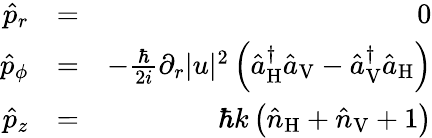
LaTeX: \begin{array}{rlr}{\hat{p}_{r}}&{=}&{0}\\ {\hat{p}_{\phi}}&{=}&{-\frac{\hbar}{2i}\partial_{r}|u|^{2}\left(\hat{a}_{\mathrm{H}}^{\dagger}\hat{a}_{\mathrm{V}}-\hat{a}_{\mathrm{V}}^{\dagger}\hat{a}_{\mathrm{H}}\right)}\\ {\hat{p}_{z}}&{=}&{\hbar k\left(\hat{n}_{\mathrm{H}}+\hat{n}_{\mathrm{V}}+1\right)}\end{array}